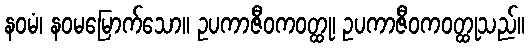
နဝမံ၊ နဝမမြောက်သော။ ဥပကာဇီဝကဝတ္ထု၊ ဥပကာဇီဝကဝတ္ထုသည်။